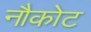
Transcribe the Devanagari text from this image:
नौकोट